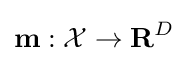
{\textbf {m}}:{\mathcal {X}}\to {\textbf {R}}^{D}